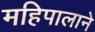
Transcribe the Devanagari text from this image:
महिपालाने